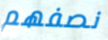
نصفهم